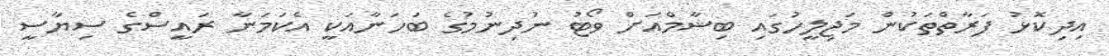
އިދިކޮޅު ފަރާތްތަކުން މަޖިލީހުގައި ބިޝާމްއަށް ވޯޓު ނުދިނުމުގެ ބަހަނާއަކީ އެކަމަނާ ރައީސްގެ ސިޔާސީ